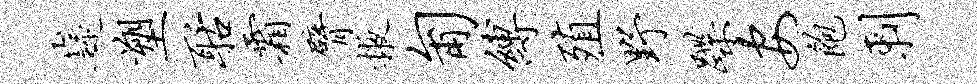
嶷塑聒霜臂掖匍缚殖野蹀安饱剌